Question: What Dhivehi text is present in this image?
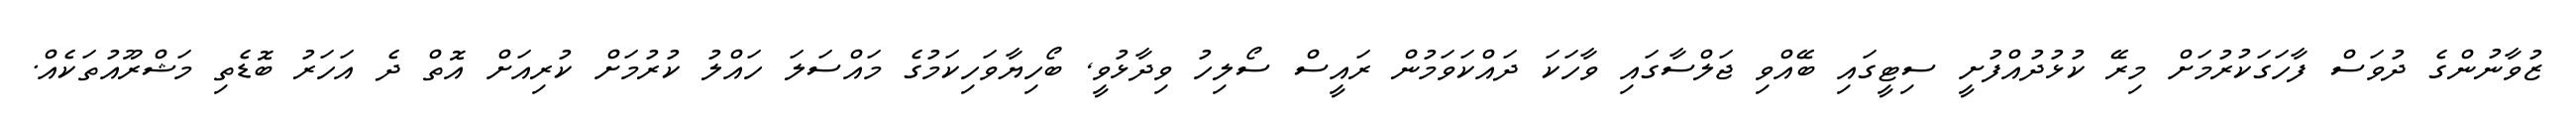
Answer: ޒުވާނުންގެ ދުވަސް ފާހަގަކުރުމަށް މިރޭ ކުޅުދުއްފުށީ ސިޓީގައި ބޭއްވި ޖަލްސާގައި ވާހަކަ ދައްކަވަމުން ރައީސް ސޯލިހު ވިދާޅުވީ, ބޯހިޔާވަހިކަމުގެ މައްސަލަ ހައްލު ކުރުމަށް ކުރިއަށް އޮތް ދެ އަހަރު ބޮޑެތި މަޝްރޫއުތަކެއް.